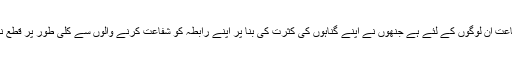
یعنی شفاعت ان لوگوں کے لئے ہے جنھوں نے اپنے گناہوں کی کثرت کی بنا پر اپنے رابطہ کو شفاعت کرنے والوں سے کلی طور پر قطع نہ کیاہو ۔